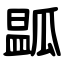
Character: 㼔